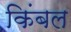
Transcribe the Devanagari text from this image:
किंबल